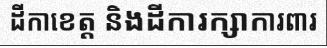
ដីកាខេត្ត និងដីការក្សាការពារ